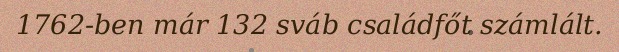
1762-ben már 132 sváb családfőt számlált.